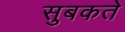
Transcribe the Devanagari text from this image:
सुबकते